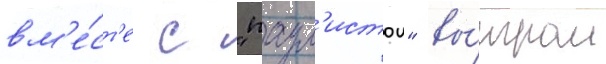
вм'е́ст'е с "паул'истои" вы́играл